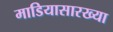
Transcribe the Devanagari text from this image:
माडियासारख्या